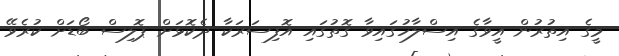
މީގެ އިތުރުން އީވާގެ އިސްލާހުގައިވާ ގޮތުގައި އޮފިސަރަކާ ދެކޮޅަށް ޕޮލިސް ބޯޑަށް ކުރެވޭ